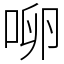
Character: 𰇬